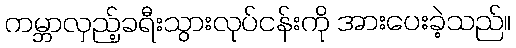
ကမ္ဘာလှည့်ခရီးသွားလုပ်ငန်းကို အားပေးခဲ့သည်။